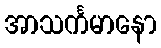
အာသင်္ကမာနော